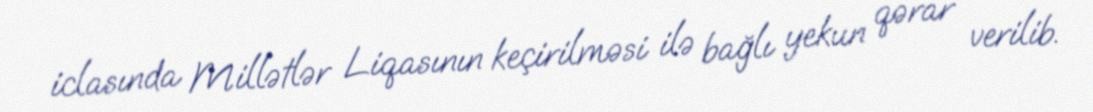
iclasında Millətlər Liqasının keçirilməsi ilə bağlı yekun qərar verilib.